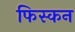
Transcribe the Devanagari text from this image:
फिस्कन